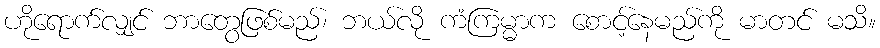
ဟိုရောက်လျှင် ဘာတွေဖြစ်မည်၊ ဘယ်လို ကံကြမ္မာက စောင့်နေမည်ကို မာတင် မသိ။